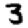
Digit: 3